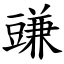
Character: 豏